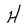
Character: H